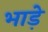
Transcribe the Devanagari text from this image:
भाडे़